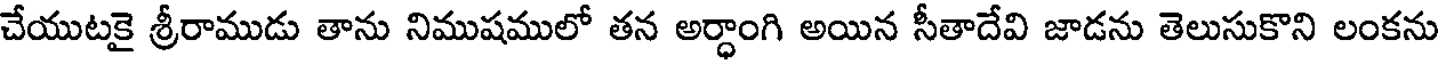
చేయుటకై శ్రీరాముడు తాను నిముషములో తన అర్ధాంగి అయిన సీతాదేవి జాడను తెలుసుకొని లంకను